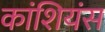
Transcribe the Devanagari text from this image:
कांशियंस